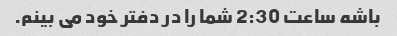
باشه ساعت 2:30 شما را در دفتر خود می بینم.